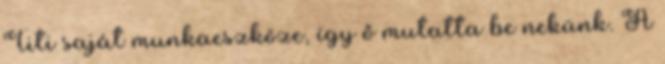
Titi saját munkaeszköze, így ő mutatta be nekünk. A